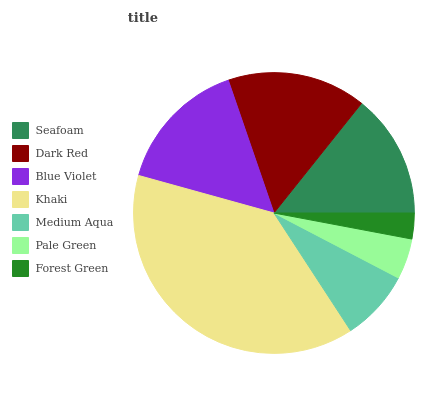
| Seafoam | Dark Red | Blue Violet | Khaki | Medium Aqua | Pale Green | Forest Green |
 | --- | --- | --- | --- | --- | --- | --- |
 | 14.3% | 15.9% | 15.4% | 38.5% | 8.15% | 4.68% | 2.98% |